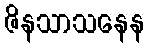
ဇိနသာသနေန